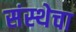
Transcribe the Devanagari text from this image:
संस्‍थेचा